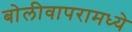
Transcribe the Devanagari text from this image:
बोलीवापरामध्ये